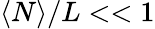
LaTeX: \langle N\rangle/L<<1